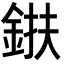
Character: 𨦶